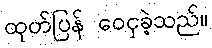
ထုတ်ပြန် ဝေငှခဲ့သည်။